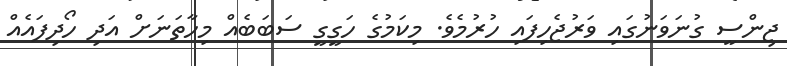
ޖިންސީ ގުނަވަނުގައި ވަރުޖެހިފައި ހުރުމެވެ. މިކަމުގެ ހަގީގީ ސަބަބެއް މިހާތަނަށް އަދި ހޯދިފައެއް